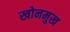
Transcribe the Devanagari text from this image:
खोनमुख